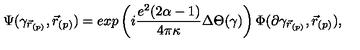
\Psi ( \gamma _ { \vec { r } _ { ( p ) } } , \vec { r } _ { ( p ) } ) = e x p \left( i \frac { e ^ { 2 } ( 2 \alpha - 1 ) } { 4 \pi \kappa } \Delta \Theta ( \gamma ) \right) \Phi ( \partial \gamma _ { \vec { r } _ { ( p ) } } , \vec { r } _ { ( p ) } ) ,